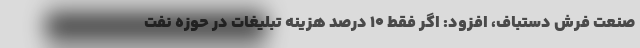
صنعت فرش دستباف، افزود: اگر فقط ۱۰ درصد هزینه تبلیغات در حوزه نفت